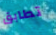
تطابق